Preparation of a safe and efficient antirabic vaccine - Number 44
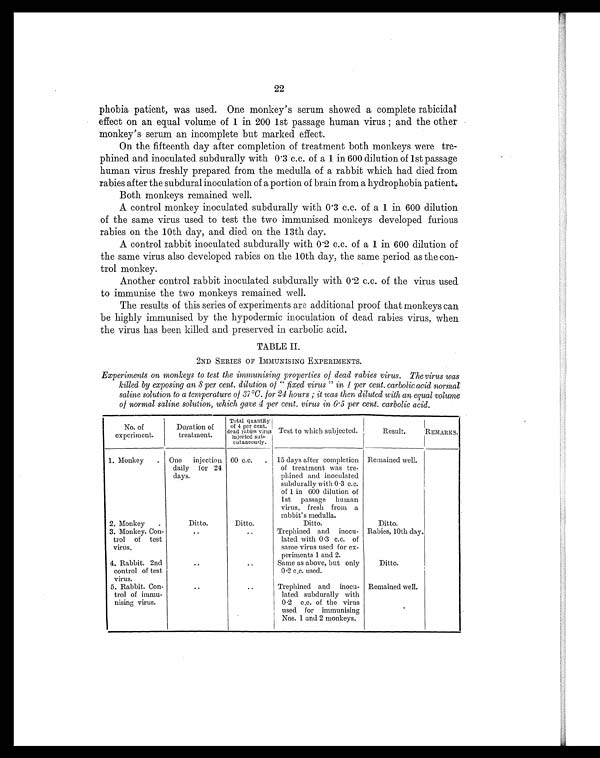
22
phobia patient, was used. One monkey's serum showed a complete rabicidal
effect on an equal volume of 1 in 200 1st passage human virus ; and the other
monkey's serum an incomplete but marked effect.
On the fifteenth day after completion of treatment both monkeys were tre-
phined and inoculated subdurally with 0.3 c.c. of a 1 in 600 dilution of 1st passage
human virus freshly prepared from the medulla of a rabbit which had died from
rabies after the subdural inoculation of a portion of brain from a hydrophobia patient
.
Both monkeys remained well.
A control monkey inoculated subdurally with 0.3 c.c. of a 1 in 600 dilution
of the same virus used to test the two immunised monkeys developed furious
rabies on the 10th day, and died on the 13th day.
A control rabbit inoculated subdurally with 0.2 c.c. of a 1 in 600 dilution of
the same virus also developed rabies on the 10th day, the same period as the con-
trol monkey.
Another control rabbit inoculated subdurally with 0.2 c.c. of the virus used
to immunise the two monkeys remained well.
The results of this series of experiments are additional proof that monkeys can
be highly immunised by the hypodermic inoculation of dead rabies virus, when
the virus has been killed and preserved in carbolic acid.
TABLE II.
2ND SERIES OF IMMUNISING EXPERIMENTS.
Experiments on monkeys to test the immunising properties of dead rabies virus. The virus was
killed by exposing an 8 per cent. dilution of "fixed virus" in 1 per cent. carbolic acid normal
saline solution to a temperature of 37ºC. for 24 hours ; it was then diluted with an equal volume
of normal saline solution, which gave 4 per cent. virus in 0.5 per cent. carbolic acid.
No. of
experiment.
Duration of
treatment.
Total quantity
of 4 per cent.
dead rabies virus
injected sub-
cutaneously.
Test to which subjected.
Result.
REMARKS.
1. Monkey .
One injection
daily for 24
days.
60 c.c. .
15 days after completion
of treatment was tre-
phined and inoculated
subdurally with 0.3 c.c.
of 1 in 600 dilution of
1st passage human
virus, fresh from a
rabbit's medulla.
Remained well.
2. Monkey .
Ditto.
Ditto.
Ditto.
Ditto.
3. Monkey. Con-
trol of test
virus.
..
..
Trephined and inocu-
lated with 0.3 c.c. of
same virus used for ex-
periments 1 and 2.
Rabies, 10th day.
4. Rabbit. 2nd
control of test
virus.
..
..
Same as above, but only
0.2 c.c. used.
Ditto.
5. Rabbit. Con-
trol of immu-
nising virus.
..
..
Trephined and inocu-
lated subdurally with
0.2 c.c. of the virus
used for immunising
Nos. 1 and 2 monkeys.
Remained well.